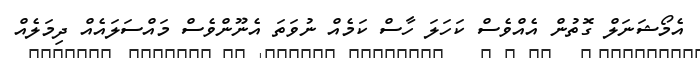
އެމޯޝަނަލް ގޮތުން އެއްވެސް ކަހަލަ ހާސް ކަމެއް ނުވަތަ އެނޫންވެސް މައްސަލައެއް ދިމަލެއް